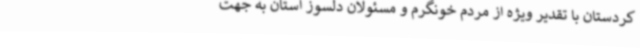
کردستان با تقدیر ویژه از مردم خونگرم و مسئولان دلسوز استان به جهت